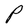
Character: P